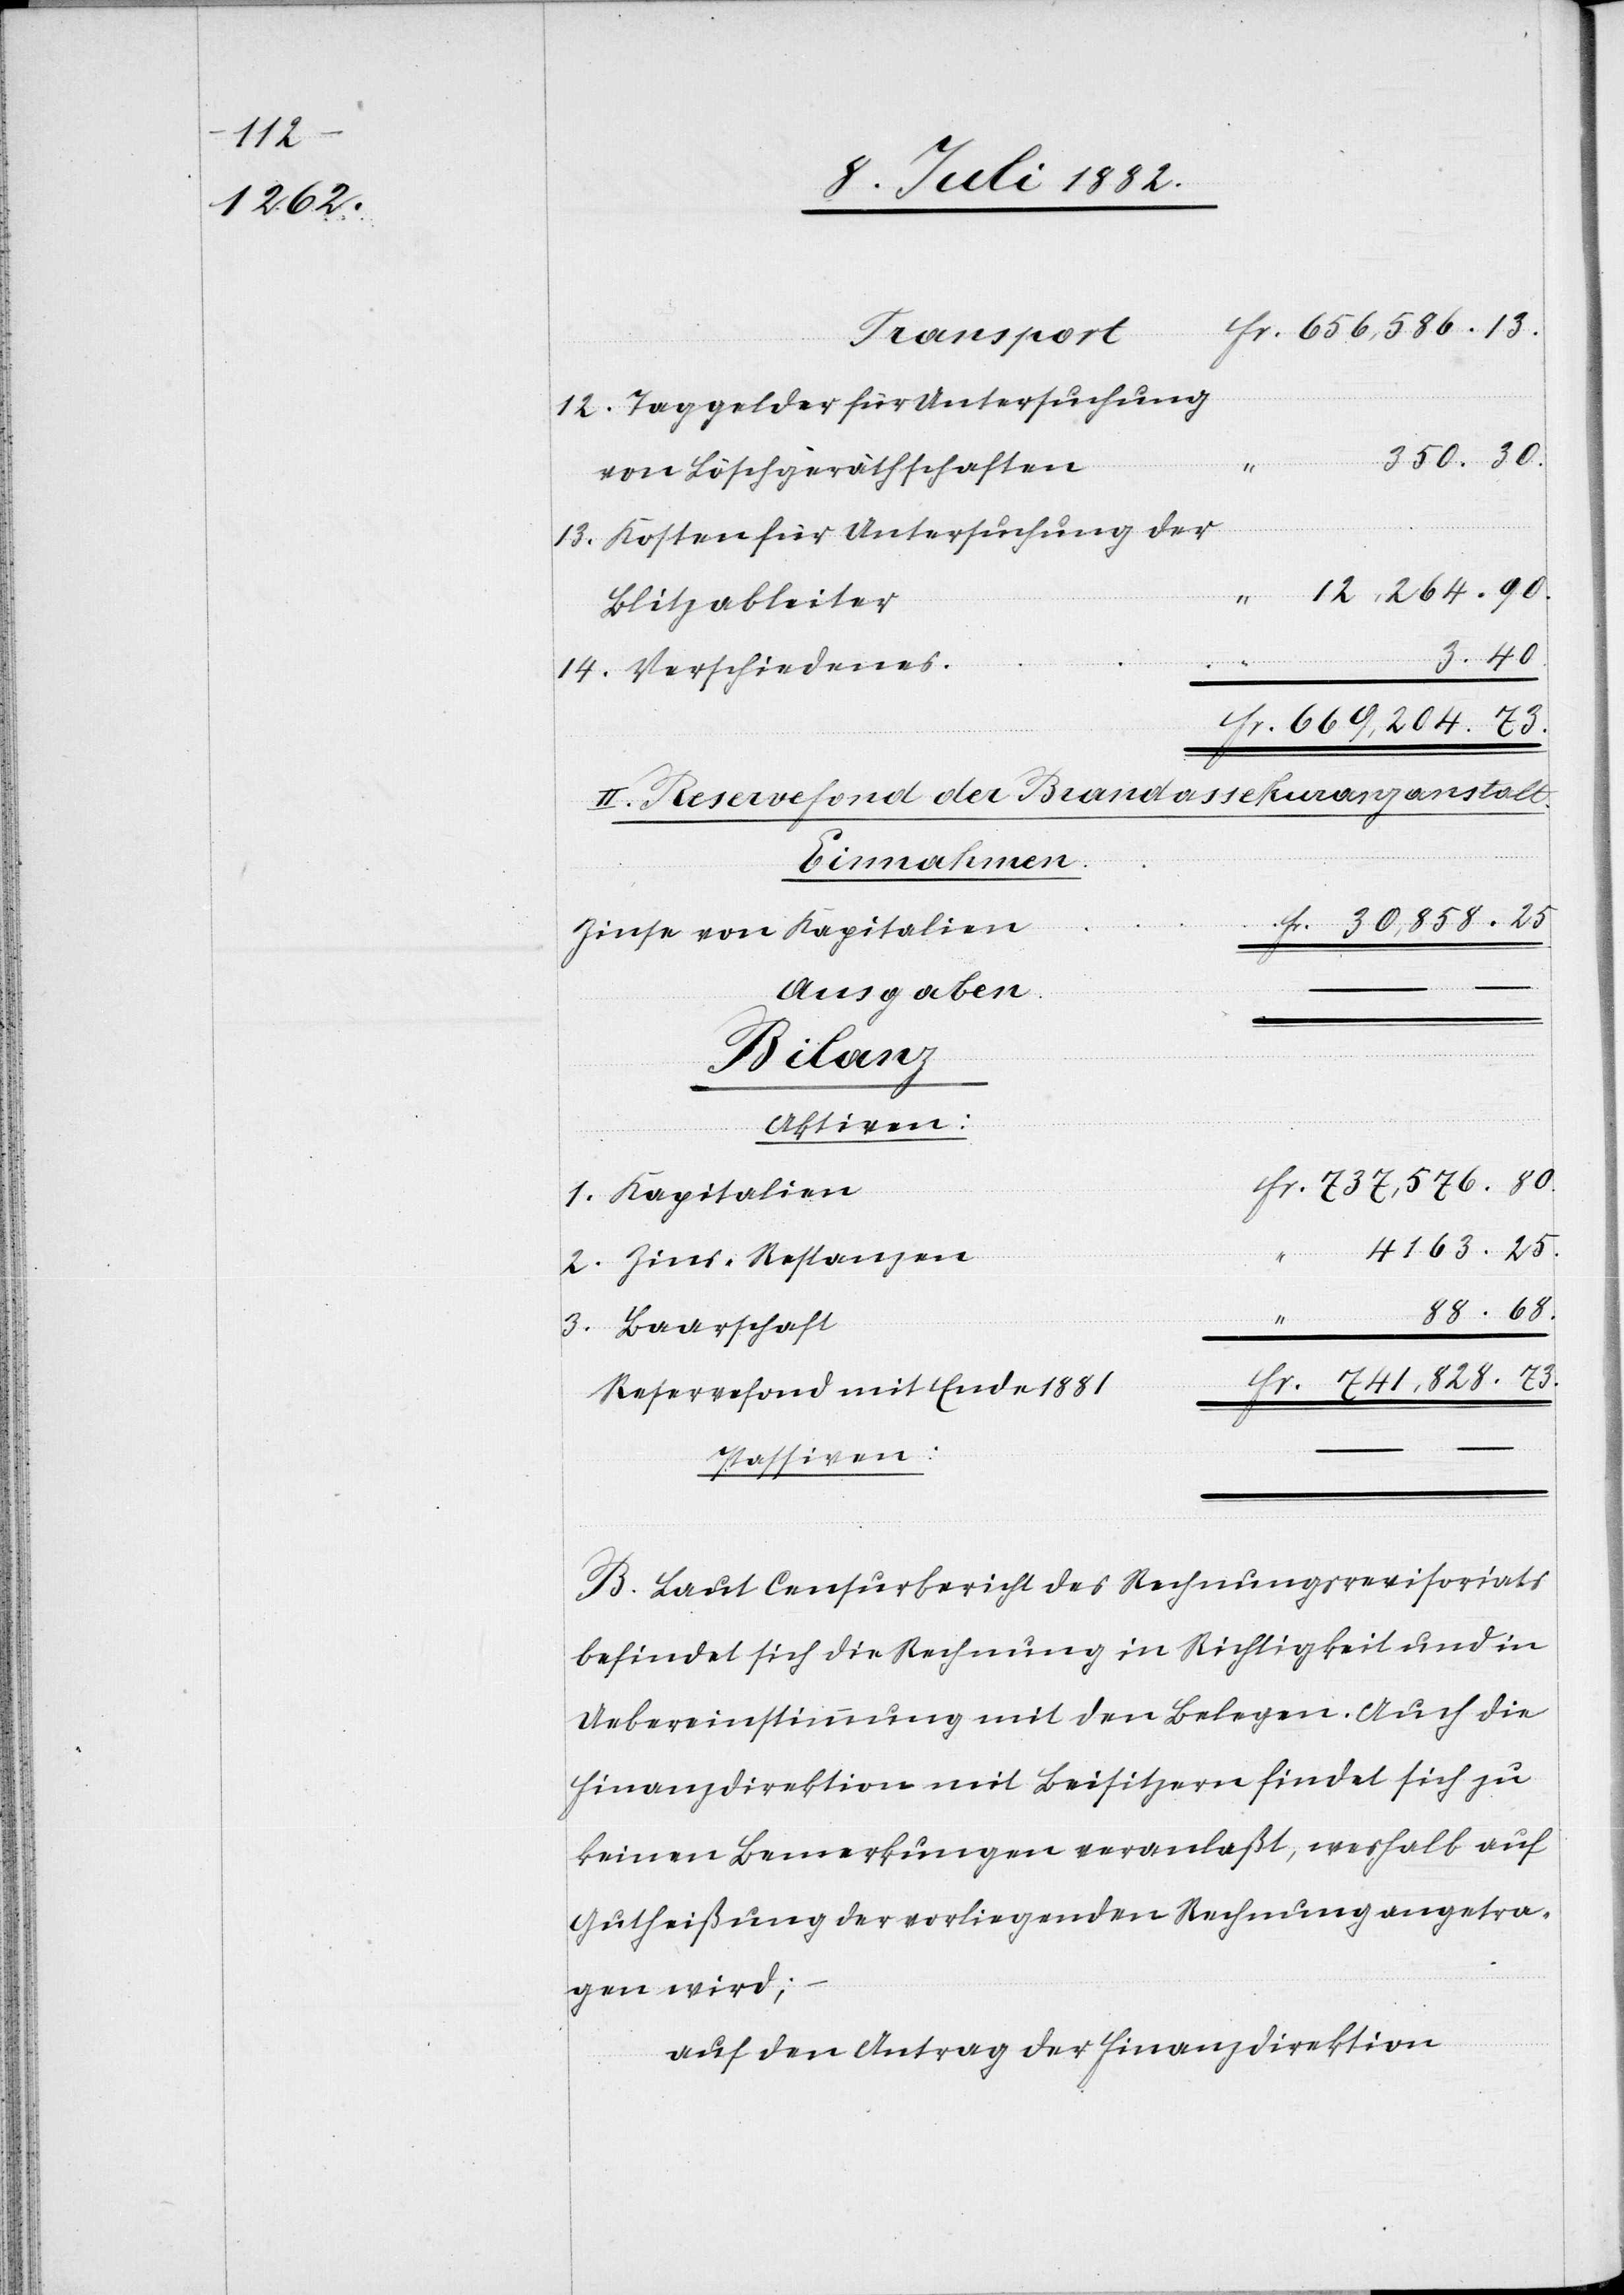
68
12,264.

12. Taggelder für Untersuchung
30,858.
von Löschgeräthschaften
13. Kosten für Untersuchung der
Blitzableiter
.
14. Verschiedenes
II. Reservefond der Brandassekuranzanstalt.
Zinse von Kapitalien
Ausgaben
–.
Fr.
–
Bilanz
Aktiven:
1. Kapitalien
2. Zins-Restanzen
3. Baarschaft
“
Reservefond mit Ende 1881
–
Passiven:
B. Laut Censurbericht des Rechnungsrevisoriats
befindet sich die Rechnung in Richtigkeit und in
Uebereinstimmung mit den Belegen. Auch die
Finanzdirektion mit Beisitzern findet sich zu
keinen Bemerkungen veranlaßt, weshalb auf
Gutheißung der vorliegenden Rechnung angetra¬
–.
gen wird;
auf den Antrag der Finanzdirektion